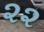
૨૨